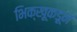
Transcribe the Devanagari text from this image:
भिक्खूकडून